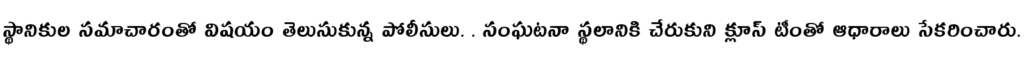
స్థానికుల సమాచారంతో విషయం తెలుసుకున్న పోలీసులు. . సంఘటనా స్థలానికి చేరుకుని క్లూస్ టీంతో ఆధారాలు సేకరించారు.